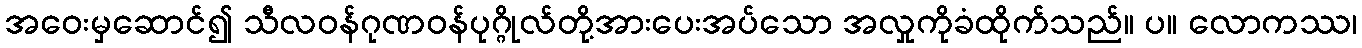
အဝေးမှဆောင်၍ သီလဝန်ဂုဏဝန်ပုဂ္ဂိုလ်တို့အားပေးအပ်သော အလှုကိုခံထိုက်သည်။ ပ။ လောကဿ၊